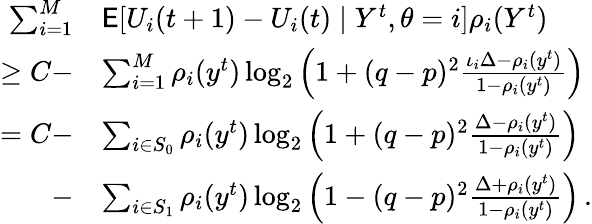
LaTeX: \begin{array}{rl}{\sum_{i=1}^{M}}&{\mathsf{E}[U_{i}(t+1)-U_{i}(t)\mid Y^{t},\theta=i]\rho_{i}(Y^{t})}\\ {\ge C-}&{\sum_{i=1}^{M}\rho_{i}(y^{t})\log_{2}\left(1+(q-p)^{2}\frac{\iota_{i}\Delta-\rho_{i}(y^{t})}{1-\rho_{i}(y^{t})}\right)}\\ {=C-}&{\sum_{i\in S_{0}}\rho_{i}(y^{t})\log_{2}\left(1+(q-p)^{2}\frac{\Delta-\rho_{i}(y^{t})}{1-\rho_{i}(y^{t})}\right)}\\ {-}&{\sum_{i\in S_{1}}\rho_{i}(y^{t})\log_{2}\left(1-(q-p)^{2}\frac{\Delta+\rho_{i}(y^{t})}{1-\rho_{i}(y^{t})}\right)\, .}\end{array}